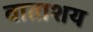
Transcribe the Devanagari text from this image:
वाताशय